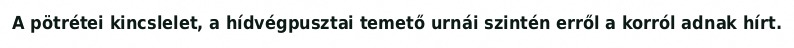
A pötrétei kincslelet, a hídvégpusztai temető urnái szintén erről a korról adnak hírt.